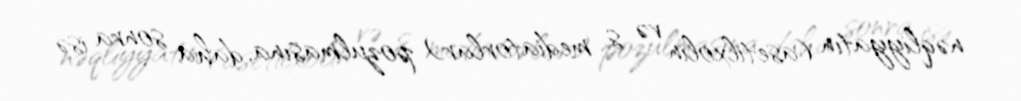
nəqliyyatın (asetilxolin və s. mediatorlar) pozulmasına, daha sonra isə